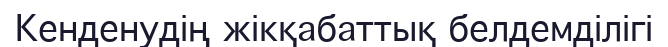
Кенденудің жікқабаттық белдемділігі